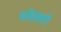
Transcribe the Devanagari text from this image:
मॉडलरों